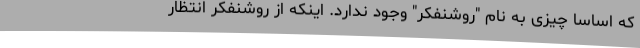
که اساسا چیزی به نام "روشنفکر" وجود ندارد. اینکه از روشنفکر انتظار